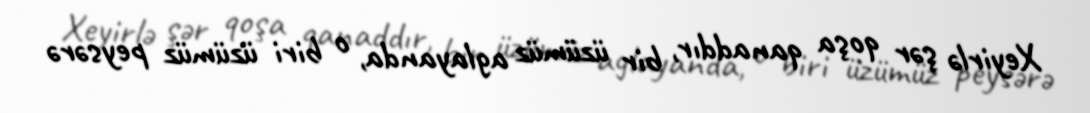
Xeyirlə şər qoşa qanaddır, bir üzümüz aglayanda, o biri üzümüz peysərə